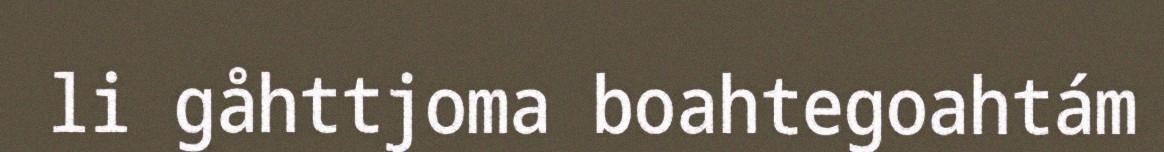
li gåhttjoma boahtegoahtám